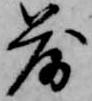
落